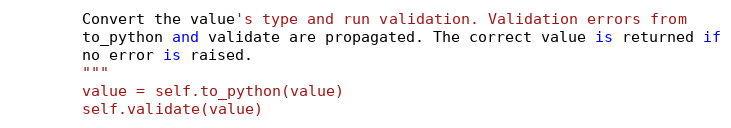
Language: Python
        Convert the value's type and run validation. Validation errors from
        to_python and validate are propagated. The correct value is returned if
        no error is raised.
        """
        value = self.to_python(value)
        self.validate(value)